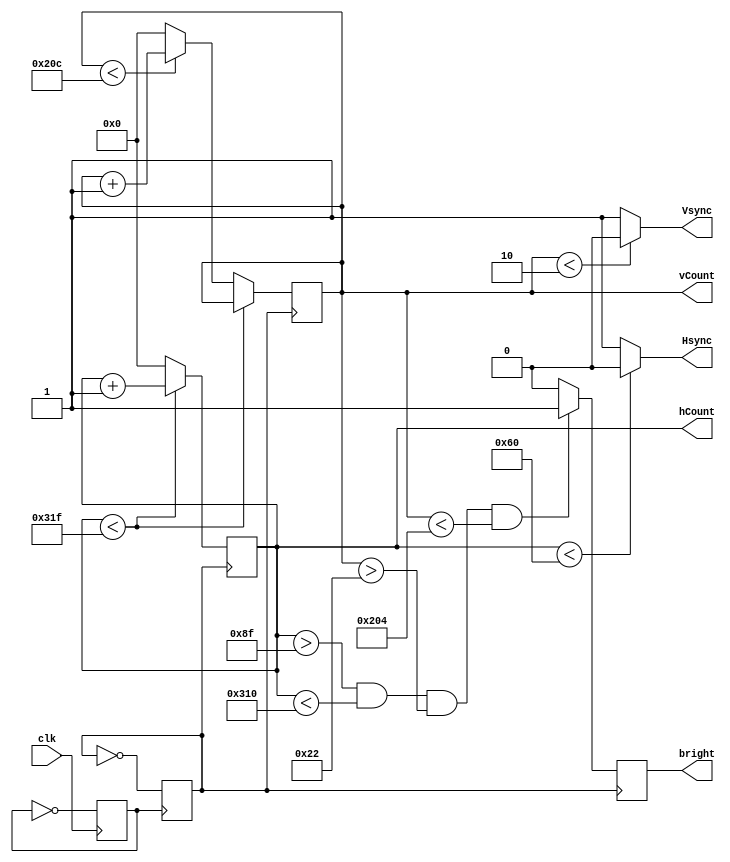
`timescale 1ns / 1ps
//////////////////////////////////////////////////////////////////////////////////
// Company: 
// Engineer: 
// 
// Design Name: 
// Module Name:    DisplayController 
// Project Name: 
// Target Devices: 
// Tool versions: 
// Description: 
//
// Dependencies: 
//
// Revision: 
// Revision 0.02 - File adapted for simple calculator project

// Additional Comments:  https://learn.digilentinc.com/Documents/269
// - Use Bahavioural Modelling (always, initial)
// - Use the Following: clock divider, two counters(horizontal counter, vertical
// counter), 
//////////////////////////////////////////////////////////////////////////////////
module display_controller(
	input clk,
	output Hsync, Vsync,
	output reg bright,
	output reg[9:0] hCount, 
	output reg [9:0] vCount // Covers 800, width of the screen, because it's 2^10
	);

	reg pulse;
	reg clk25;
	
	initial begin // Set all of them initially to 0
		clk25 = 0;
		pulse = 0;

	end
	
	always @(posedge clk)
		pulse = ~pulse;
	always @(posedge pulse)
		clk25 = ~clk25;
		
		// Top left corner corresponds to (hcount,vcount)~(144,35)
		// Bottom right corner corresponds to (hcount,vcount)~(783,515)
		
	always @ (posedge clk25)
		begin
		if (hCount < 10'd799)
			begin
			hCount <= hCount + 1;
			end
		else if (vCount < 10'd524)
		begin
			hCount <= 0;
			vCount <= vCount + 1;
			end
		else
			begin
			hCount <= 0;
			vCount <= 0;
			end
		end
		
	assign Hsync = (hCount < 96) ? 0:1;
	assign Vsync = (vCount < 2) ? 0:1;
		
		
		
	always @(posedge clk25)
		begin
		if(hCount > 10'd143 && hCount < 10'd784 && vCount > 10'd34 && vCount < 10'd516)
			bright <= 1;
		else
			bright <= 0;
		end	
		
endmodule